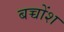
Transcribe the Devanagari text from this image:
बच्चोंश